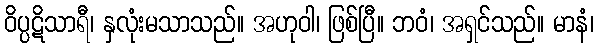
ဝိပ္ပဋိသာရီ၊ နှလုံးမသာသည်။ အဟုဝါ၊ ဖြစ်ပြီ။ ဘဝံ၊ အရှင်သည်။ မာနံ၊